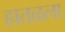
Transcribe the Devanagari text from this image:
हातळला